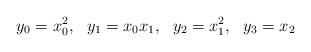
LaTeX: \begin{align*} y_0 = x_0^2,~~ y_1 = x_0x_1,~~ y_2 = x_1^2,~~ y_3 = x_2 \end{align*}